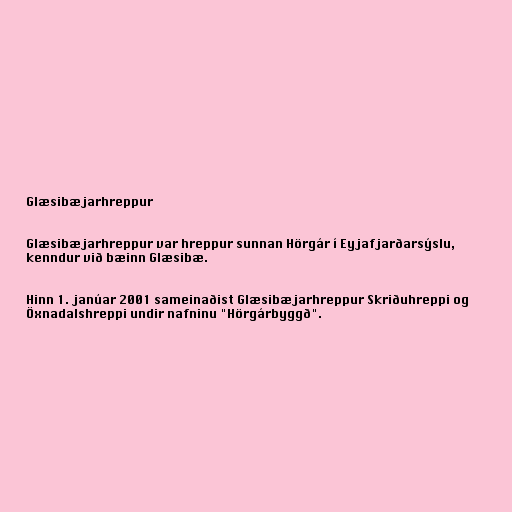
Glæsibæjarhreppur

Glæsibæjarhreppur var hreppur sunnan Hörgár í Eyjafjarðarsýslu,
kenndur við bæinn Glæsibæ.

Hinn 1. janúar 2001 sameinaðist Glæsibæjarhreppur Skriðuhreppi og
Öxnadalshreppi undir nafninu "Hörgárbyggð".